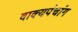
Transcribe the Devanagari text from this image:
वाक्यपंचांग